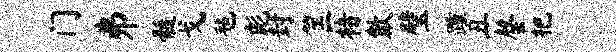
门井髓戈毡彪封筐楮歙璧踵丑罄杷